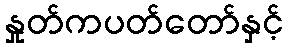
နှုတ်ကပတ်တော်နှင့်